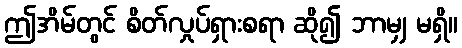
ဤအိမ်တွင် စိတ်လှုပ်ရှားစရာ ဆို၍ ဘာမျှ မရှိ။